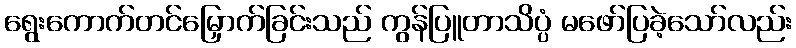
ရွေးကောက်တင်မြှောက်ခြင်းသည် ကွန်ပြူတာသိပ္ပံ မဖော်ပြခဲ့သော်လည်း